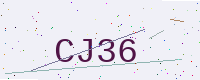
Text: CJ36